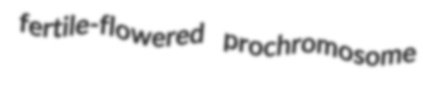
fertile-flowered prochromosome